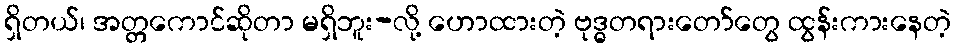
ရှိတယ်၊ အတ္တကောင်ဆိုတာ မရှိဘူး-လို့ ဟောထားတဲ့ ဗုဒ္ဓတရားတော်တွေ ထွန်းကားနေတဲ့